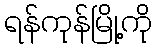
ရန်ကုန်မြို့ကို